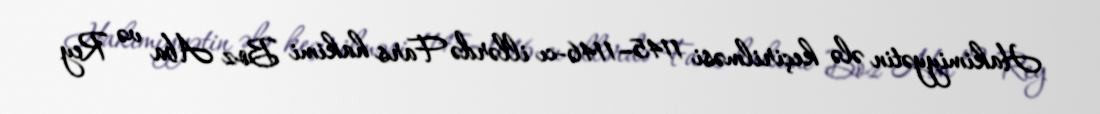
Hakimiyyətin ələ keçirilməsi 1145–1146-cı illərdə Fars hakimi Boz Aba və Rey